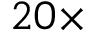
2 0 \times